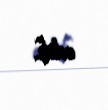
edib.